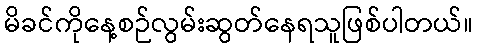
မိခင်ကိုနေ့စဉ်လွမ်းဆွတ်နေရသူဖြစ်ပါတယ်။